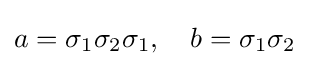
a=\sigma _{1}\sigma _{2}\sigma _{1},\quad b=\sigma _{1}\sigma _{2}